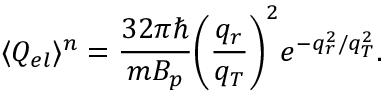
\langle Q _ { e l } \rangle ^ { n } = \frac { 3 2 \pi \hbar } { m B _ { p } } { \left( \frac { q _ { r } } { q _ { T } } \right) ^ { 2 } } e ^ { - q _ { r } ^ { 2 } / q _ { T } ^ { 2 } } .